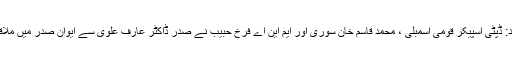
اسلام آباد: ڈپٹی اسپیکر قومی اسمبلی ، محمد قاسم خان سوری اور ایم این اے فرخ حبیب نے صدر ڈاکٹر عارف علوی سے ایوان صدر میں ملاقات کی۔